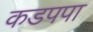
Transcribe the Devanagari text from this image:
कडपपा